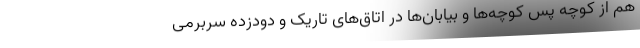
هم از کوچه پس کوچه‌ها و بیابان‌ها در اتاق‌های تاریک و دودزده سربرمی